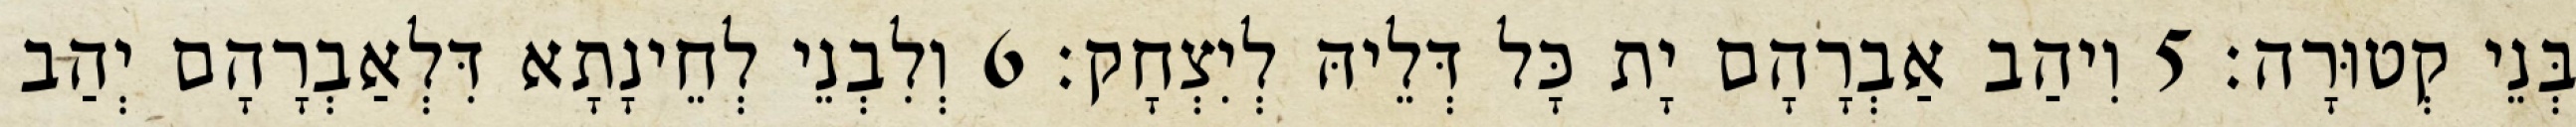
בְּנֵי קְטוּרָה׃ 5 וִיהַב אַבְרָהָם יָת כָּל דְּלֵיהּ לְיִצְחָק׃ 6 וְלִבְנֵי לְחֵינָתָא דִּלְאַבְרָהָם יְהַב